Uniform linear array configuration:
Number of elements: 12
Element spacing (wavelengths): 1
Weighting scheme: blackman
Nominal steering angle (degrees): -45
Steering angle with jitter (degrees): -45.714
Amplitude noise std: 0.05
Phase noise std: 0.05

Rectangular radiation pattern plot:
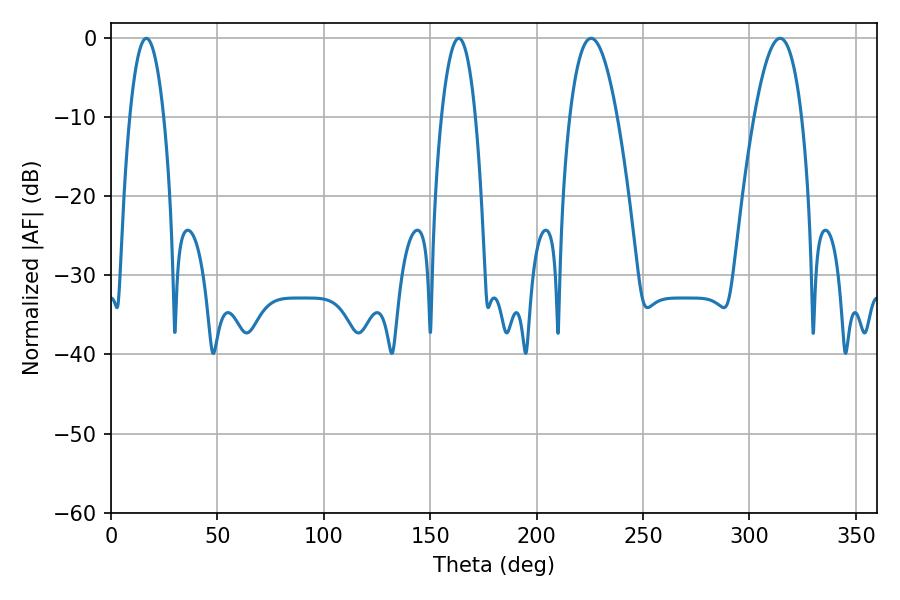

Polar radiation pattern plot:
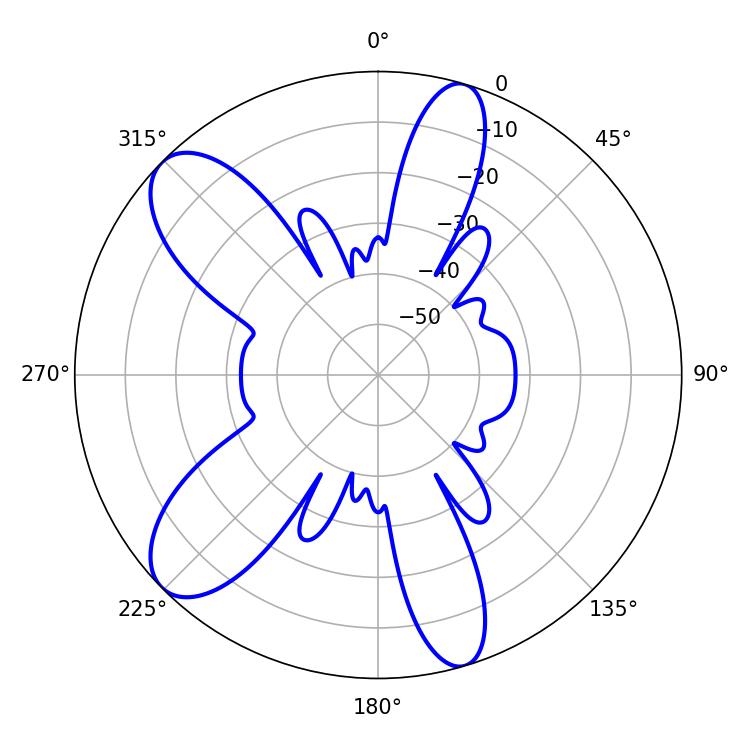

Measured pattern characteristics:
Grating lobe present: TRUE
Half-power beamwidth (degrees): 8.82
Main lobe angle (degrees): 16.56